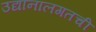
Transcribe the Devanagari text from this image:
उद्यानालगतची